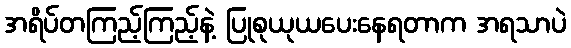
အရိပ်တကြည့်ကြည့်နဲ့ ပြုစုယုယပေးနေရတာက အရသာပဲ